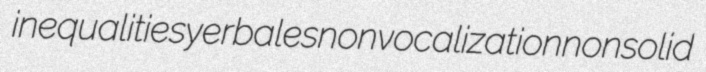
inequalities yerbales nonvocalization nonsolid